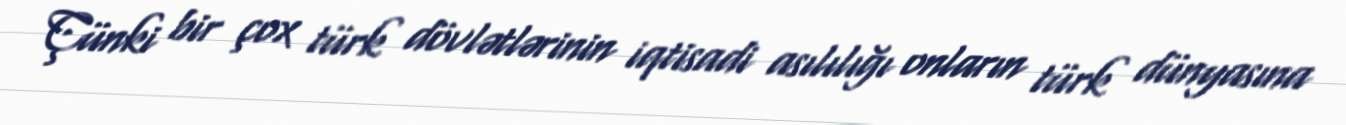
Çünki bir çox türk dövlətlərinin iqtisadi asılılığı onların türk dünyasına